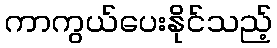
ကာကွယ်ပေးနိုင်သည့်